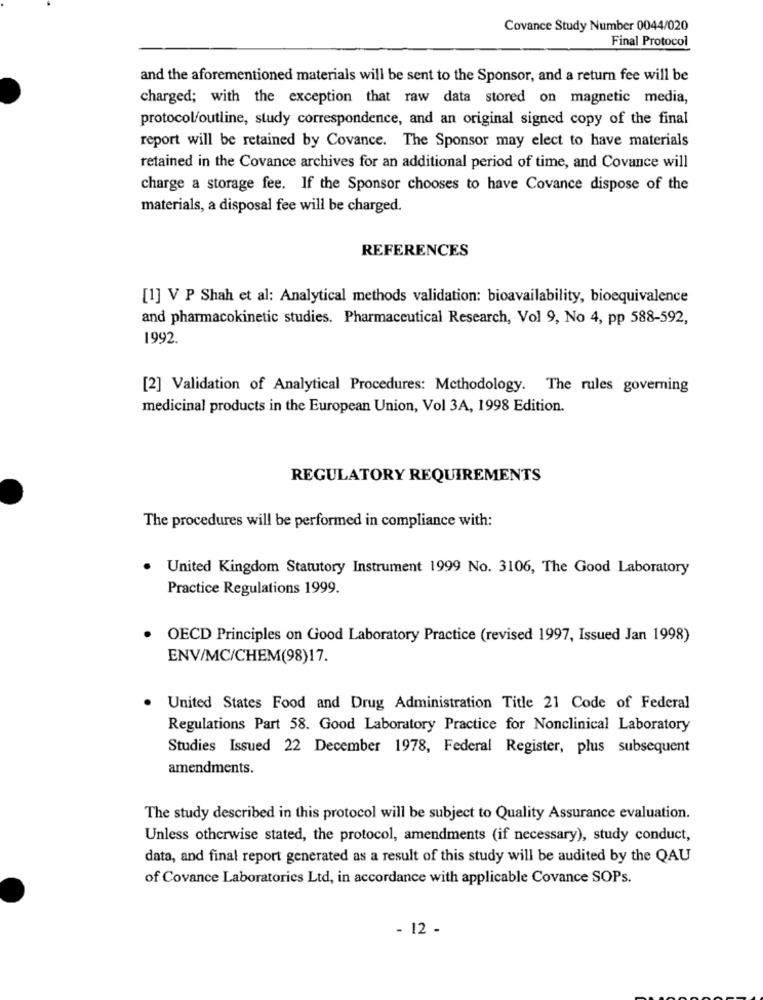
Covance Study Number 0044/020
Final Protocol
and the aforementioned materials will be sent to the Sponsor, and a return fee will be
charged; with the exception that raw data stored on magnetic media,
protocol/outline, study correspondence, and an original signed copy of the final
report will be retained by Covance. The Sponsor may elect to have materials
retained in the Covance archives for an additional period of time, and Covance will
charge a storage fee. If the Sponsor chooses to have Covance dispose of the
materials, a disposal fee will be charged.
REFERENCES
[1] V P Shah et al: Analytical methods validation: bioavailability, bioequivalence
and pharmacokinetic studies. Pharmaceutical Research, Vol 9, No 4, pp 588-592,
1992.
[2] Validation of Analytical Procedures: Methodology. The rules governing
medicinal products in the European Union, Vol 3A, 1998 Edition.
REGULATORY REQUIREMENTS
The procedures will be performed in compliance with:
United Kingdom Statutory Instrument 1999 No. 3106, The Good Laboratory
Practice Regulations 1999.
OECD Principles on Good Laboratory Practice (revised 1997, Issued Jan 1998)
ENV/MC/CHEM(98)17.
United States Food and Drug Administration Title 21 Code of Federal
Regulations Part 58. Good Laboratory Practice for Nonclinical Laboratory
Studies Issued 22 December 1978, Federal Register, plus subsequent
amendments.
The study described in this protocol will be subject to Quality Assurance evaluation.
Unless otherwise stated, the protocol, amendments (if necessary), study conduct,
data, and final report generated as a result of this study will be audited by the QAU
of Covance Laboratories Ltd, in accordance with applicable Covance SOPs.
- 12 -